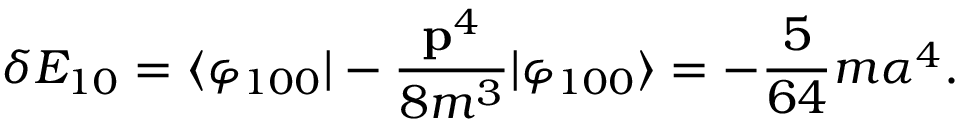
\delta E _ { 1 0 } = \langle \varphi _ { 1 0 0 } \vert - { \frac { { \bf p } ^ { 4 } } { 8 m ^ { 3 } } } \vert \varphi _ { 1 0 0 } \rangle = - { \frac { 5 } { 6 4 } } m \alpha ^ { 4 } .